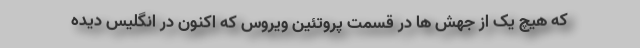
که هیچ یک از جهش ها در قسمت پروتئین ویروس که اکنون در انگلیس دیده